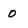
Character: 0